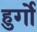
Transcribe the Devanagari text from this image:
हुर्गो